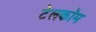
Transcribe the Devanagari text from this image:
टेलकॉम